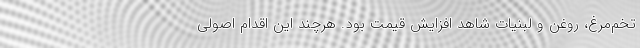
تخم‌مرغ، روغن و لبنیات شاهد افزایش قیمت بود. هرچند این اقدام اصولی